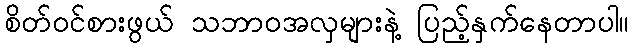
စိတ်ဝင်စားဖွယ် သဘာဝအလှများနဲ့ ပြည့်နှက်နေတာပါ။